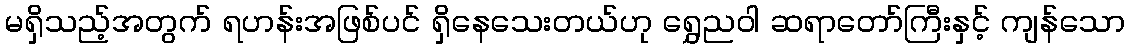
မရှိသည့်အတွက် ရဟန်းအဖြစ်ပင် ရှိနေသေးတယ်ဟု ရွှေညဝါ ဆရာတော်ကြီးနှင့် ကျန်သော